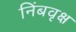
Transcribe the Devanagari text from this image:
निंबवृक्ष